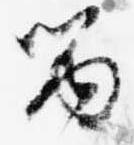
留